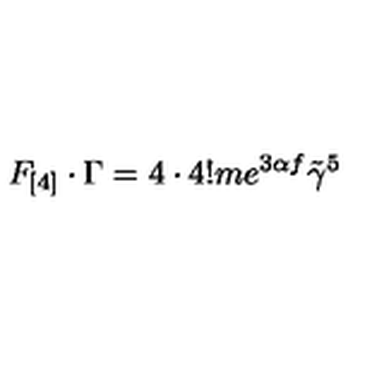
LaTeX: F _ { [ 4 ] } \cdot \Gamma = 4 \cdot 4 ! m e ^ { 3 \alpha f } \tilde { \gamma } ^ { 5 }